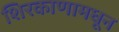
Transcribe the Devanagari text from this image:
शिरकाणामधून